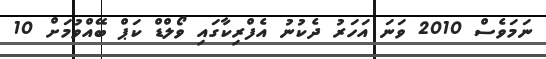
ނަމަވެސް 2010 ވަނަ އަހަރު ދެކުނު އެފްރިކާގައި ވޯލްޑް ކަޕް ބޭއްވުމަށް 10